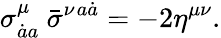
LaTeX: \sigma_{\dot{a}a}^{\mu}~\bar{\sigma}^{\nu}{}^{a\dot{a}}=-2\eta^{\mu\nu}.